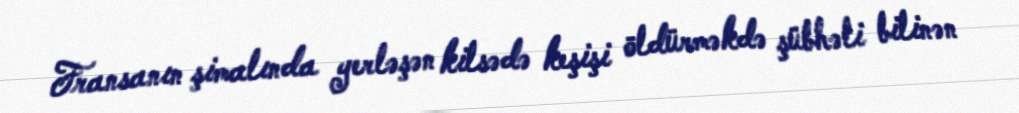
Fransanın şimalında yerləşən kilsədə keşişi öldürməkdə şübhəli bilinən